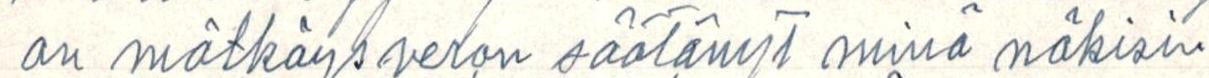
on mätkäysveron säätänyt minä näkisin